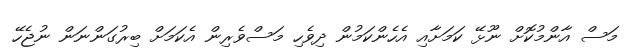
މަސް އާންމުކޮށް ނޫޅޭ ކަމަށާއި އެހެންކަމުން ދިވެހި މަސްވެރިން އެކަމަށް ބިރުގަންނަން ނުޖެހޭ